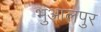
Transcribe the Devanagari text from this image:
भुआलपुर